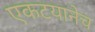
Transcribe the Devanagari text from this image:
एकटयानेच